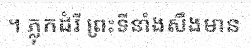
។ ភ្លុកដំរី ព្រះទីនាំងសឹងមាន